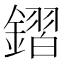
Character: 𨫧